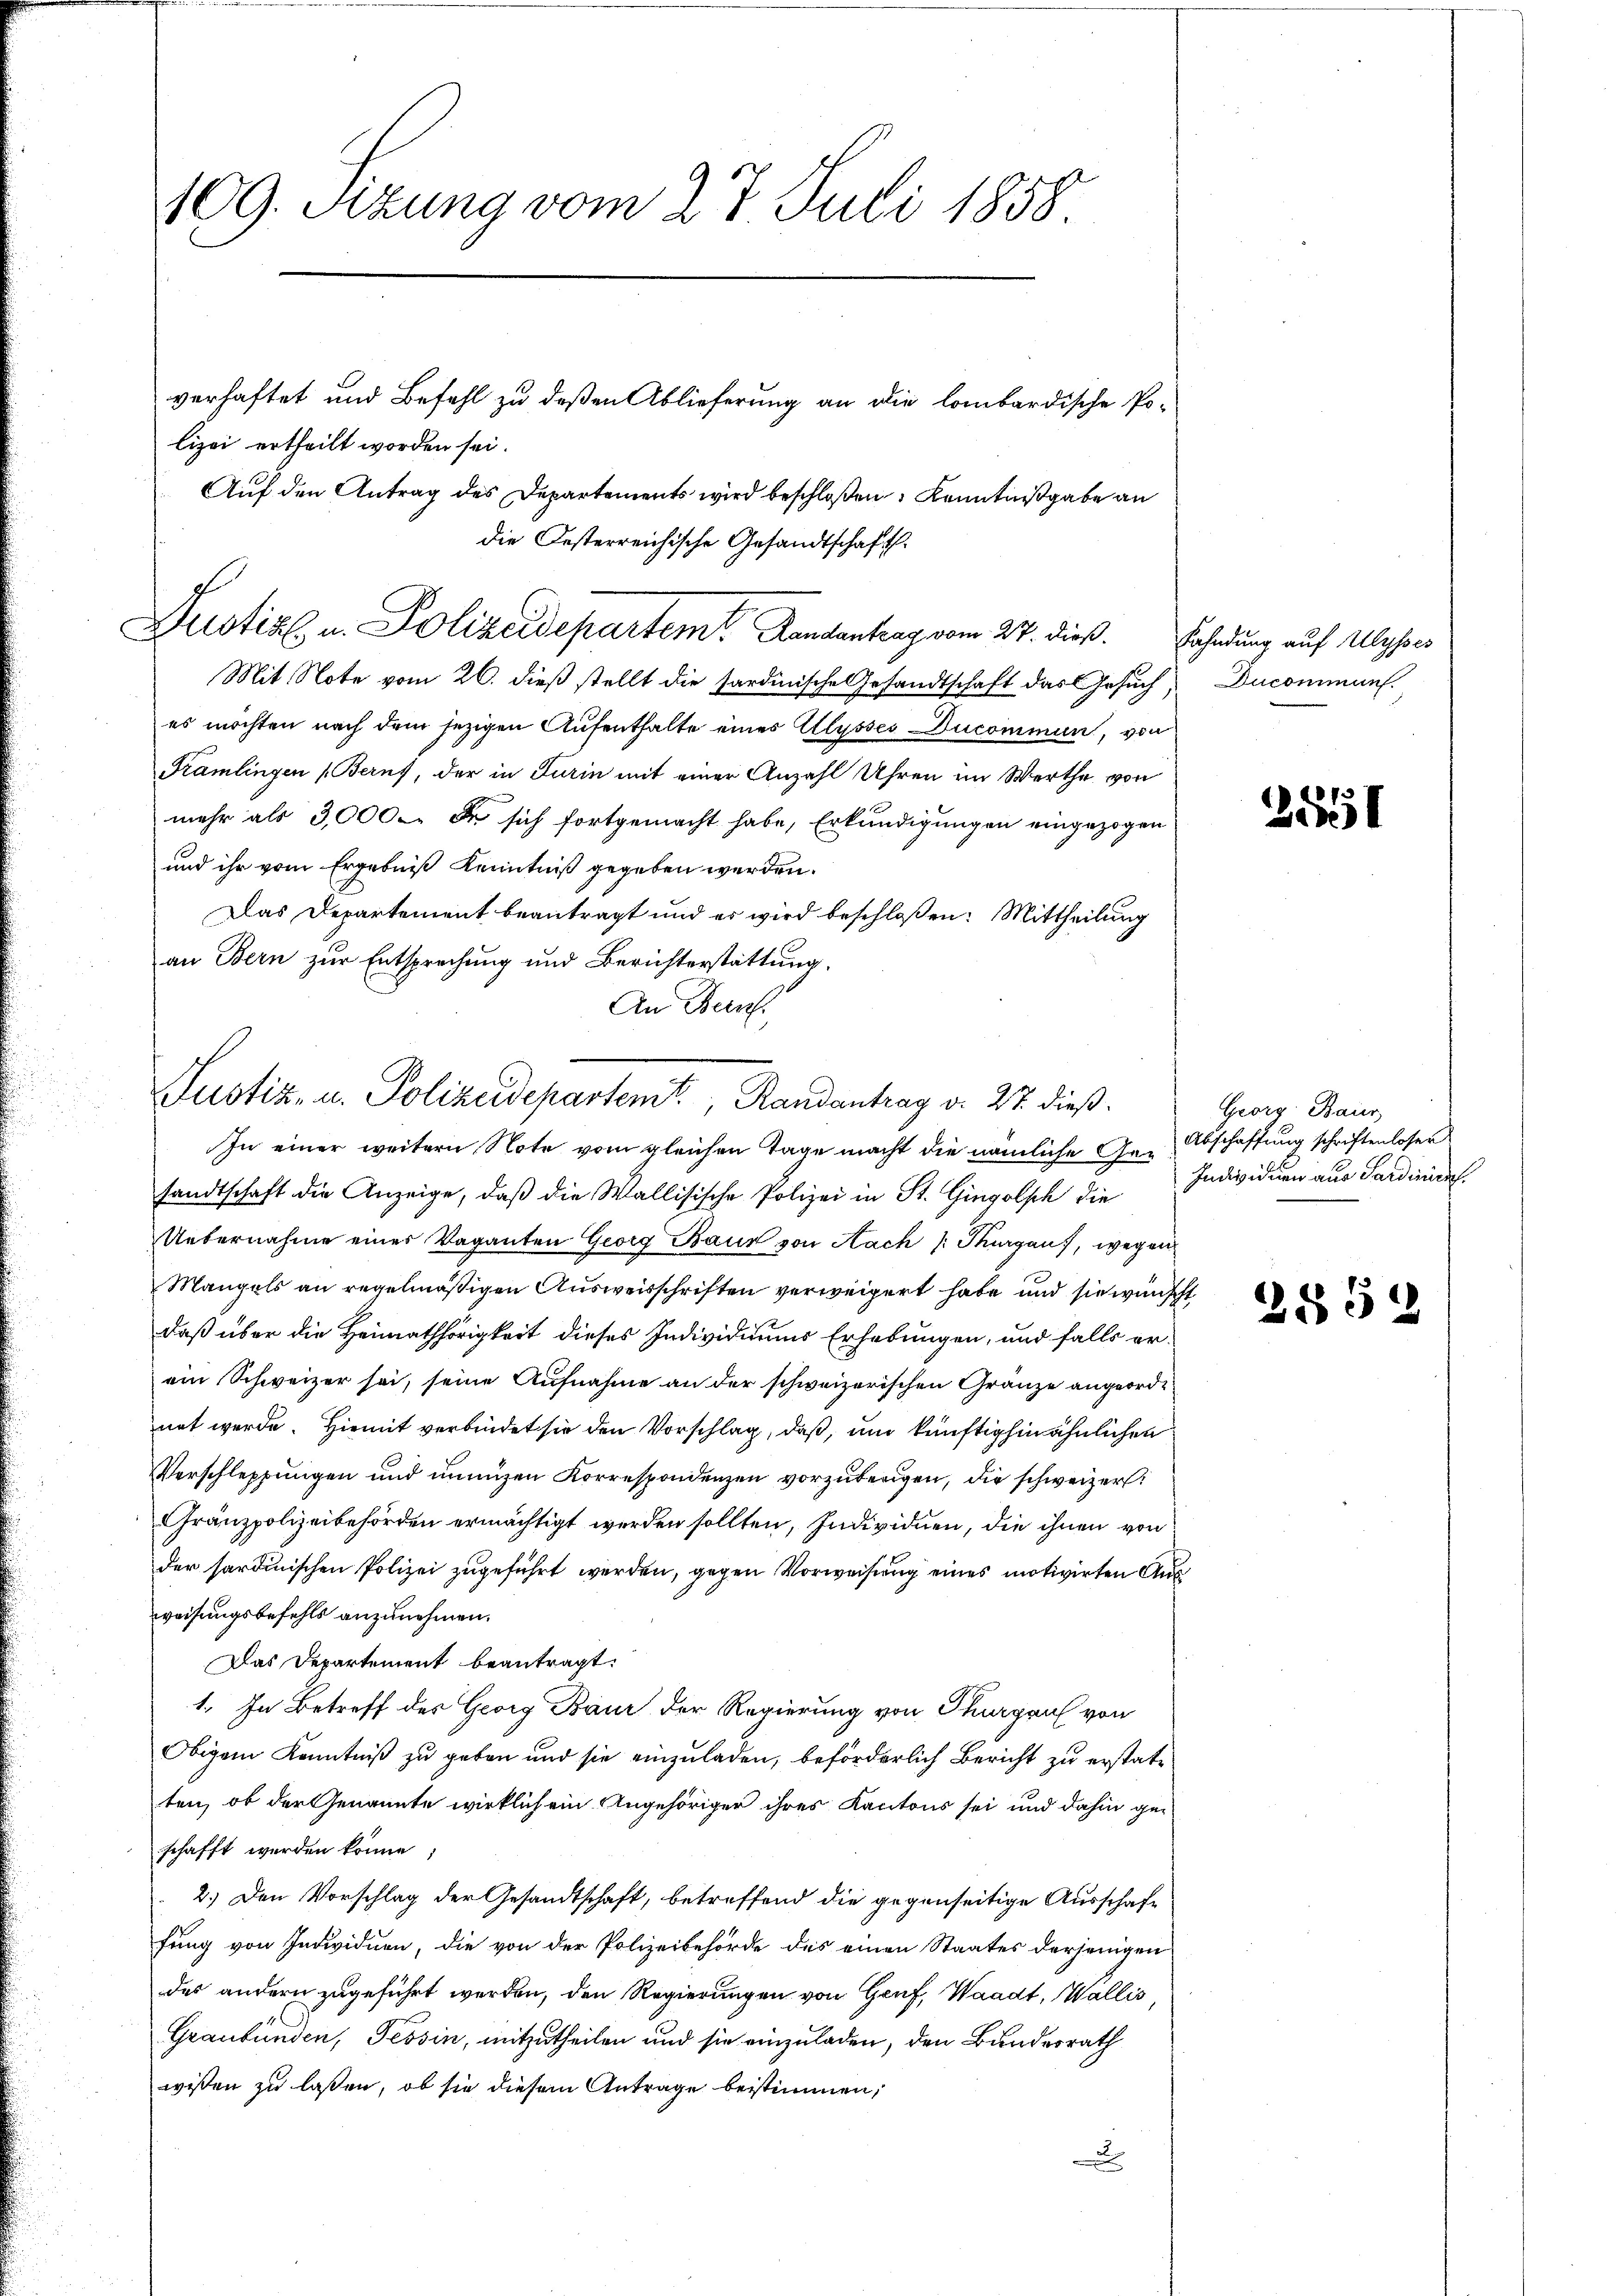
109. Sizung vom 27. Juli 1858.
verhaftet und Befehl zu deßen Ablieferung an die lombardische Polizei ertheilt worden sei.
Auf den Antrag des Departements wird beschloßen Kenntnißgabe an

Dustiz- u. Polizeidepartem Randantrag vom 27. dieß. Fahndung auf Ulysses

Mit Note vom 26. dieß stellt die sardinische Gesandtschaft das Gesuch, Ducommun
es möchten nach dem jezigen Aufenthalte eines Alysses Ducommun, von
Pramlingen (Berns, der in Turin mit einer Anzahl Uhren im Werthe von
mehr als 3,000. Der sich fortgemacht habe, Erkundigungen eingezogen
und ihr vom Ergebniß Kenntniß gegeben werden.
Das Departement beantragt und es wird beschloßen: Mittheilung
an Bern zur Entsprechung und Berichterstattung.
An Bun

Justiz- u. Polizeidepartemt, Randantrag d. 27. dieß.

die Oesterreichische Gesandtschaft.

In einer weitern Note vom gleichen Tage macht die nämliche Ge-Abschaffung schriftenloser
sandtschaft die Anzeige, daβ die Wallisische Polizei in St. Gingolsch die Individuen aus Sardinien
Uebernahme einer Vaganten Georg Baur von Nach Thurgau, wegen
Mangels an regelmäßigen Ausweisschriften verweigert habe und sie wünscht
daß über die Heimathörigkeit dieses Individiums Erhebungen, und falls erein Schweizer sei, seine Aufnahme an der schweizerischen Gränze angeordnet werde. Hiemit verbindet sie den Vorschlag, daß, und künftighin ähnlichen
Verschlepfungen und innigen Korrespondenzen vorzuberigen, die schweizer
Gränzpolizeibehörden ermächtigt werden sollten, Individuen, die ihnen von
der sardinischen Polizei zugeführt werden, gegen Vorweisung eines motivirten Ausweisungsbefehls anzunehmen.
Das Departement beantragt.
1. In Betreff des Georg Baur der Regierung von Thurgau von
Obigem Kenntniß zu geben und sie einzuladen, beförderlich Bericht zu erstatten, ob der Genannte wirklich ein Angehöriger ihres Kantons sei und dahin geschafft werden könne;
2.) Den Vorschlag der Gesandtschaft, betreffend die gegenseitige Ausschaffung von Individuen, die von der Polizeibehörde des einen Staates derjenigen
des andern zugeführt werden, den Regierungen von Genf, Waadt, Wallis,
Graubünden, Tessin, mitzutheilen und sie einzuladen, den Bundesrath
wissen zu lassen, ob sie diesem Antrage bestimmen,
x

2858

Georg Baur,

285

.